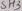
Text: SH3